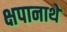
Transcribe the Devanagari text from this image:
क्षपानाथे